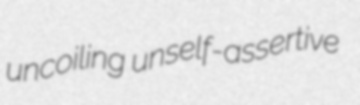
uncoiling unself-assertive